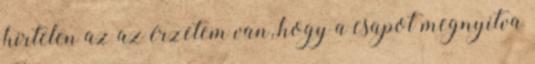
hirtelen az az érzetem van, hogy a csapot megnyitva